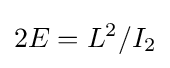
2E=L^{2}/I_{2}